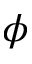
\phi